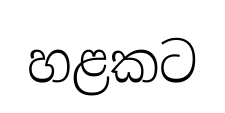
හළකට